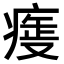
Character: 𤷺